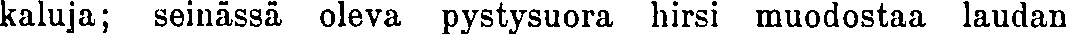
kaluja; seinässä oleva pystysuora hirsi muodostaa laudan